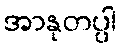
အာနုတပ္ပါ